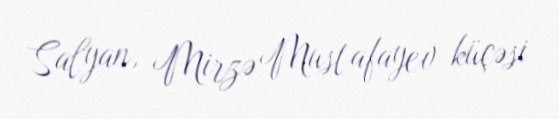
Salyan, Mirzə Mustafayev küçəsi